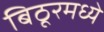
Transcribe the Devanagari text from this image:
बिठूरमध्ये